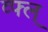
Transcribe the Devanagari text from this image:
व्फ्ल्